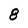
Character: 8